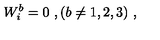
W _ { i } ^ { b } = 0 \ , ( b \ne 1 , 2 , 3 ) \ ,